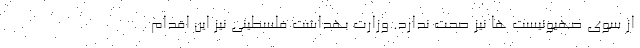
از سوی صهیونیست ها نیز صحت ندارد. وزارت بهداشت فلسطینی نیز این اقدام